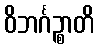
ဝိဘင်္ဂဉ္စာတိ